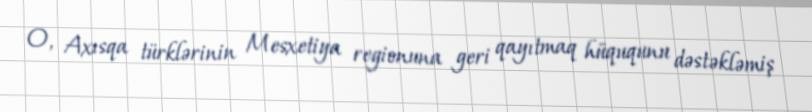
O, Axısqa türklərinin Mesxetiya regionuna geri qayıtmaq hüququnu dəstəkləmiş